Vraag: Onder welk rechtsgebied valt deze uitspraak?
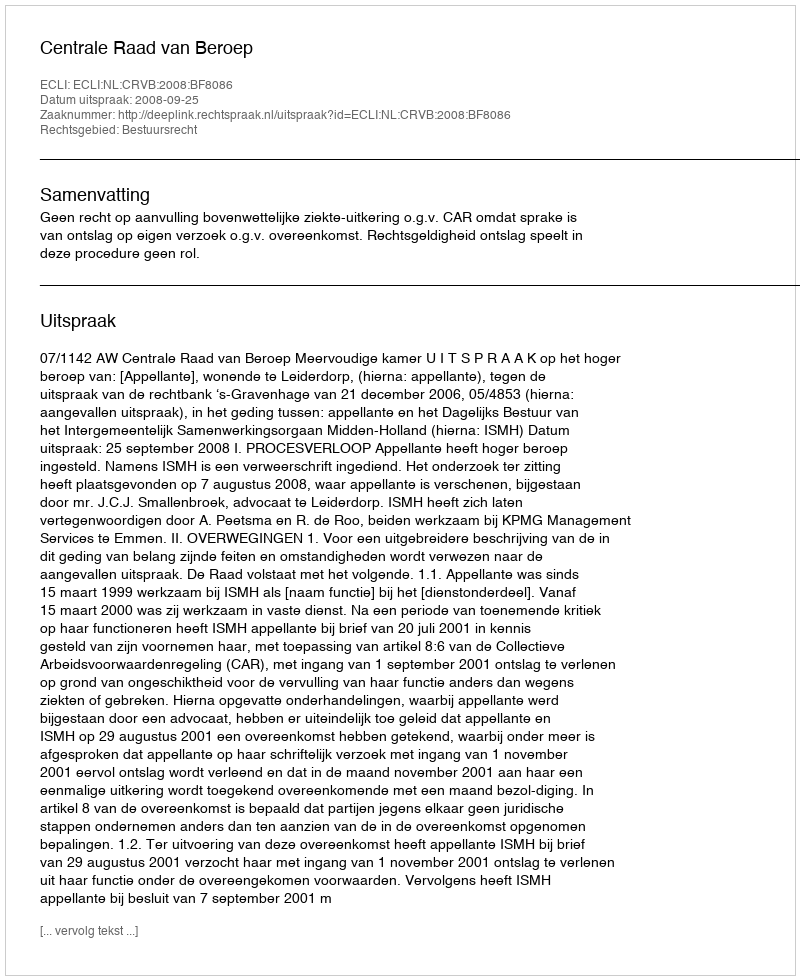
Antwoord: Bestuursrecht